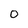
Character: 0